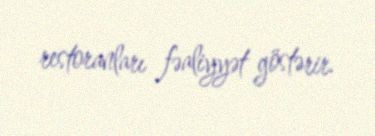
restoranları fəaliyyət göstərir.